Assam Mental Hospital (Tezpur, India) - 1933-1948
Year: 1933
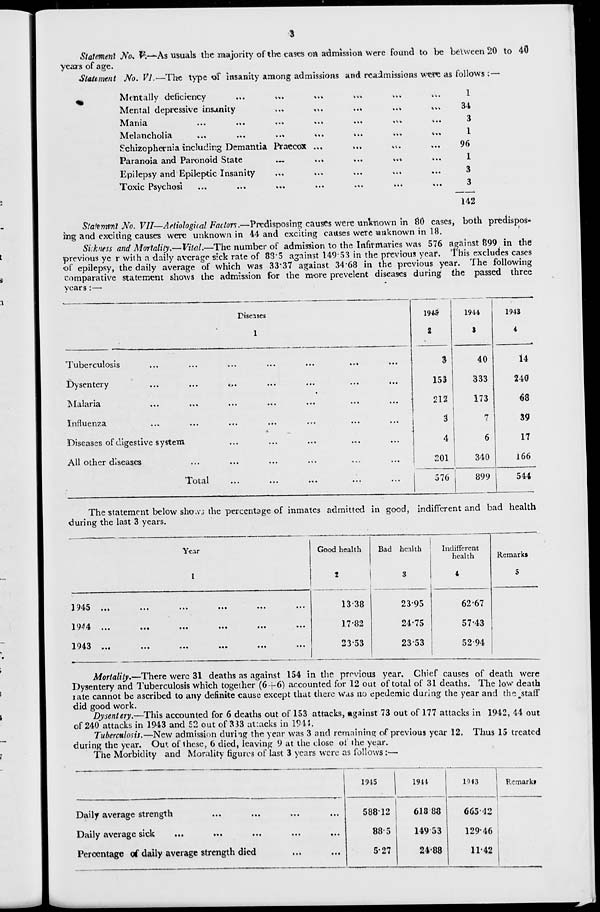
3
Statement No. V.—As usuals the majority of the cases on admission were found to be between 20 to 40
years of age.
Statement No. VI.—The type of insanity among admissions and readmissions were as follows :—
Mentally deficiency ... ... ... ... ... ...
Mental depressive insanity
...
...
...
...
...
Mania
...
...
...
...
...
...
Melancholia
...
...
...
...
...
Schizophernia including Demantia Praecox ... ... ... ...
Paranoia and Paronoid State
...
...
...
...
...
Epilepsy and Epileptic Insanity
...
...
...
...
...
Toxic
Psychosi
...
...
...
...
...
...
...
1
34
3
1
96
1
3
3
142
Statement No. VII— Aetiological Factors.— Predisposing causes were unknown in 80 cases, both predispos-
ing and exciting causes were unknown in 44 and exciting causes were unknown in 18.
Sickness and Mortality.—Vital.—The number of admission to the Infirmaries was 576 against 899 in the
previous year with a daily average sick rate of 88.5 against 149.53 in the previous year. This excludes cases
of epilepsy, the daily average of which was 33.37 against 34.68 in the previous year. The following
comparative statement shows the admission for the more prevelent diseases during the passed three
years :—
Diseases
1
Tuberculosis ... ... ... ... ... ... ...
Dysentery ... ... ... ... ... ... ...
Malaria
...
...
...
...
...
...
...
Influenza ... ... ... ... ... ... ...
Diseases of digestive system ... ... ... ... ... ... ...
All other diseases ... ... ... ... ... ... ...
Total ... ... ... ... ... ... ...
1945
2
3
153
212
3
4
201
576
1944
3
40
333
173
7
6
340
899
1943
4
14
240
68
39
17
166
544
The statement below shows the percentage of inmates admitted in good, indifferent and bad health
during the last 3 years.
Year
1
1945
...
...
...
...
...
...
1944
...
...
...
...
...
...
1943 ... ...
...
...
...
...
Good health
2
13.38
17.82
23.53
Bad health
3
23.95
24.75
23.53
Indifferent
health
4
62.67
57.43
52.94
Remarks
5
Mortality.—There were 31 deaths as against 154 in the previous year. Chief causes of death were
Dysentery and Tuberculosis which together (6+6) accounted for 12 out of total of 31 deaths. The low death
rate cannot be ascribed to any definite cause except that there was no epedemic during the year and the staff
did good work.
Dysentery.—This accounted for 6 deaths out of 153 attacks, against 73 out of 177 attacks in 1942, 44 out
of 240 attacks in 1943 and 52 out of 333 attacks in 1944.
Tuberculosis.—New admission during the year was 3 and remaining of previous year 12. Thus 15 treated
during the year. Out of these, 6 died, leaving 9 at the close of the year.
The Morbidity and Morality figures of last 3 years were as follows :—
Daily average strength ... ... ... ...
Daily average sick ... ... ... ... ...
Percentage of daily average strength died ... ...
1945
588.12
88.5
5.27
1944
618.88
149.53
24.88
1943
665.42
129.46
11.42
Remarks.